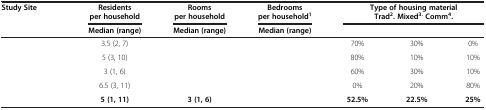
<table><thead><tr><td rowspan="2"><b>Study Site</b></td><td><b>Residents per household</b></td><td><b>Rooms per household</b></td><td><b>Bedrooms per household<sup>1</sup></b></td><td colspan="3"><b>Type of housing material Trad<sup>2</sup>. Mixed<sup>3.</sup>Comm<sup>4</sup>.</b></td></tr><tr><td><b>Median (range)</b></td><td><b>Median (range)</b></td><td><b>Median (range)</b></td><td colspan="3">[EMPTY_CELL]</td></tr></thead><tbody><tr><td>[EMPTY_CELL]</td><td>3.5 (2, 7)</td><td>[EMPTY_CELL]</td><td>[EMPTY_CELL]</td><td>70%</td><td>30%</td><td>0%</td></tr><tr><td>[EMPTY_CELL]</td><td>5 (3, 10)</td><td>[EMPTY_CELL]</td><td>[EMPTY_CELL]</td><td>80%</td><td>10%</td><td>10%</td></tr><tr><td>[EMPTY_CELL]</td><td>3 (1, 6)</td><td>[EMPTY_CELL]</td><td>[EMPTY_CELL]</td><td>60%</td><td>30%</td><td>10%</td></tr><tr><td>[EMPTY_CELL]</td><td>6.5 (3, 11)</td><td>[EMPTY_CELL]</td><td>[EMPTY_CELL]</td><td>0%</td><td>20%</td><td>80%</td></tr><tr><td>[EMPTY_CELL]</td><td><b>5 (1, 11)</b></td><td><b>3 (1, 6)</b></td><td>[EMPTY_CELL]</td><td><b>52.5%</b></td><td><b>22.5%</b></td><td><b>25%</b></td></tr></tbody></table>